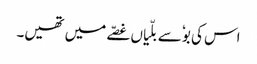
اس کی بوٗ سے بلّیاں غصّے میں تھیں۔